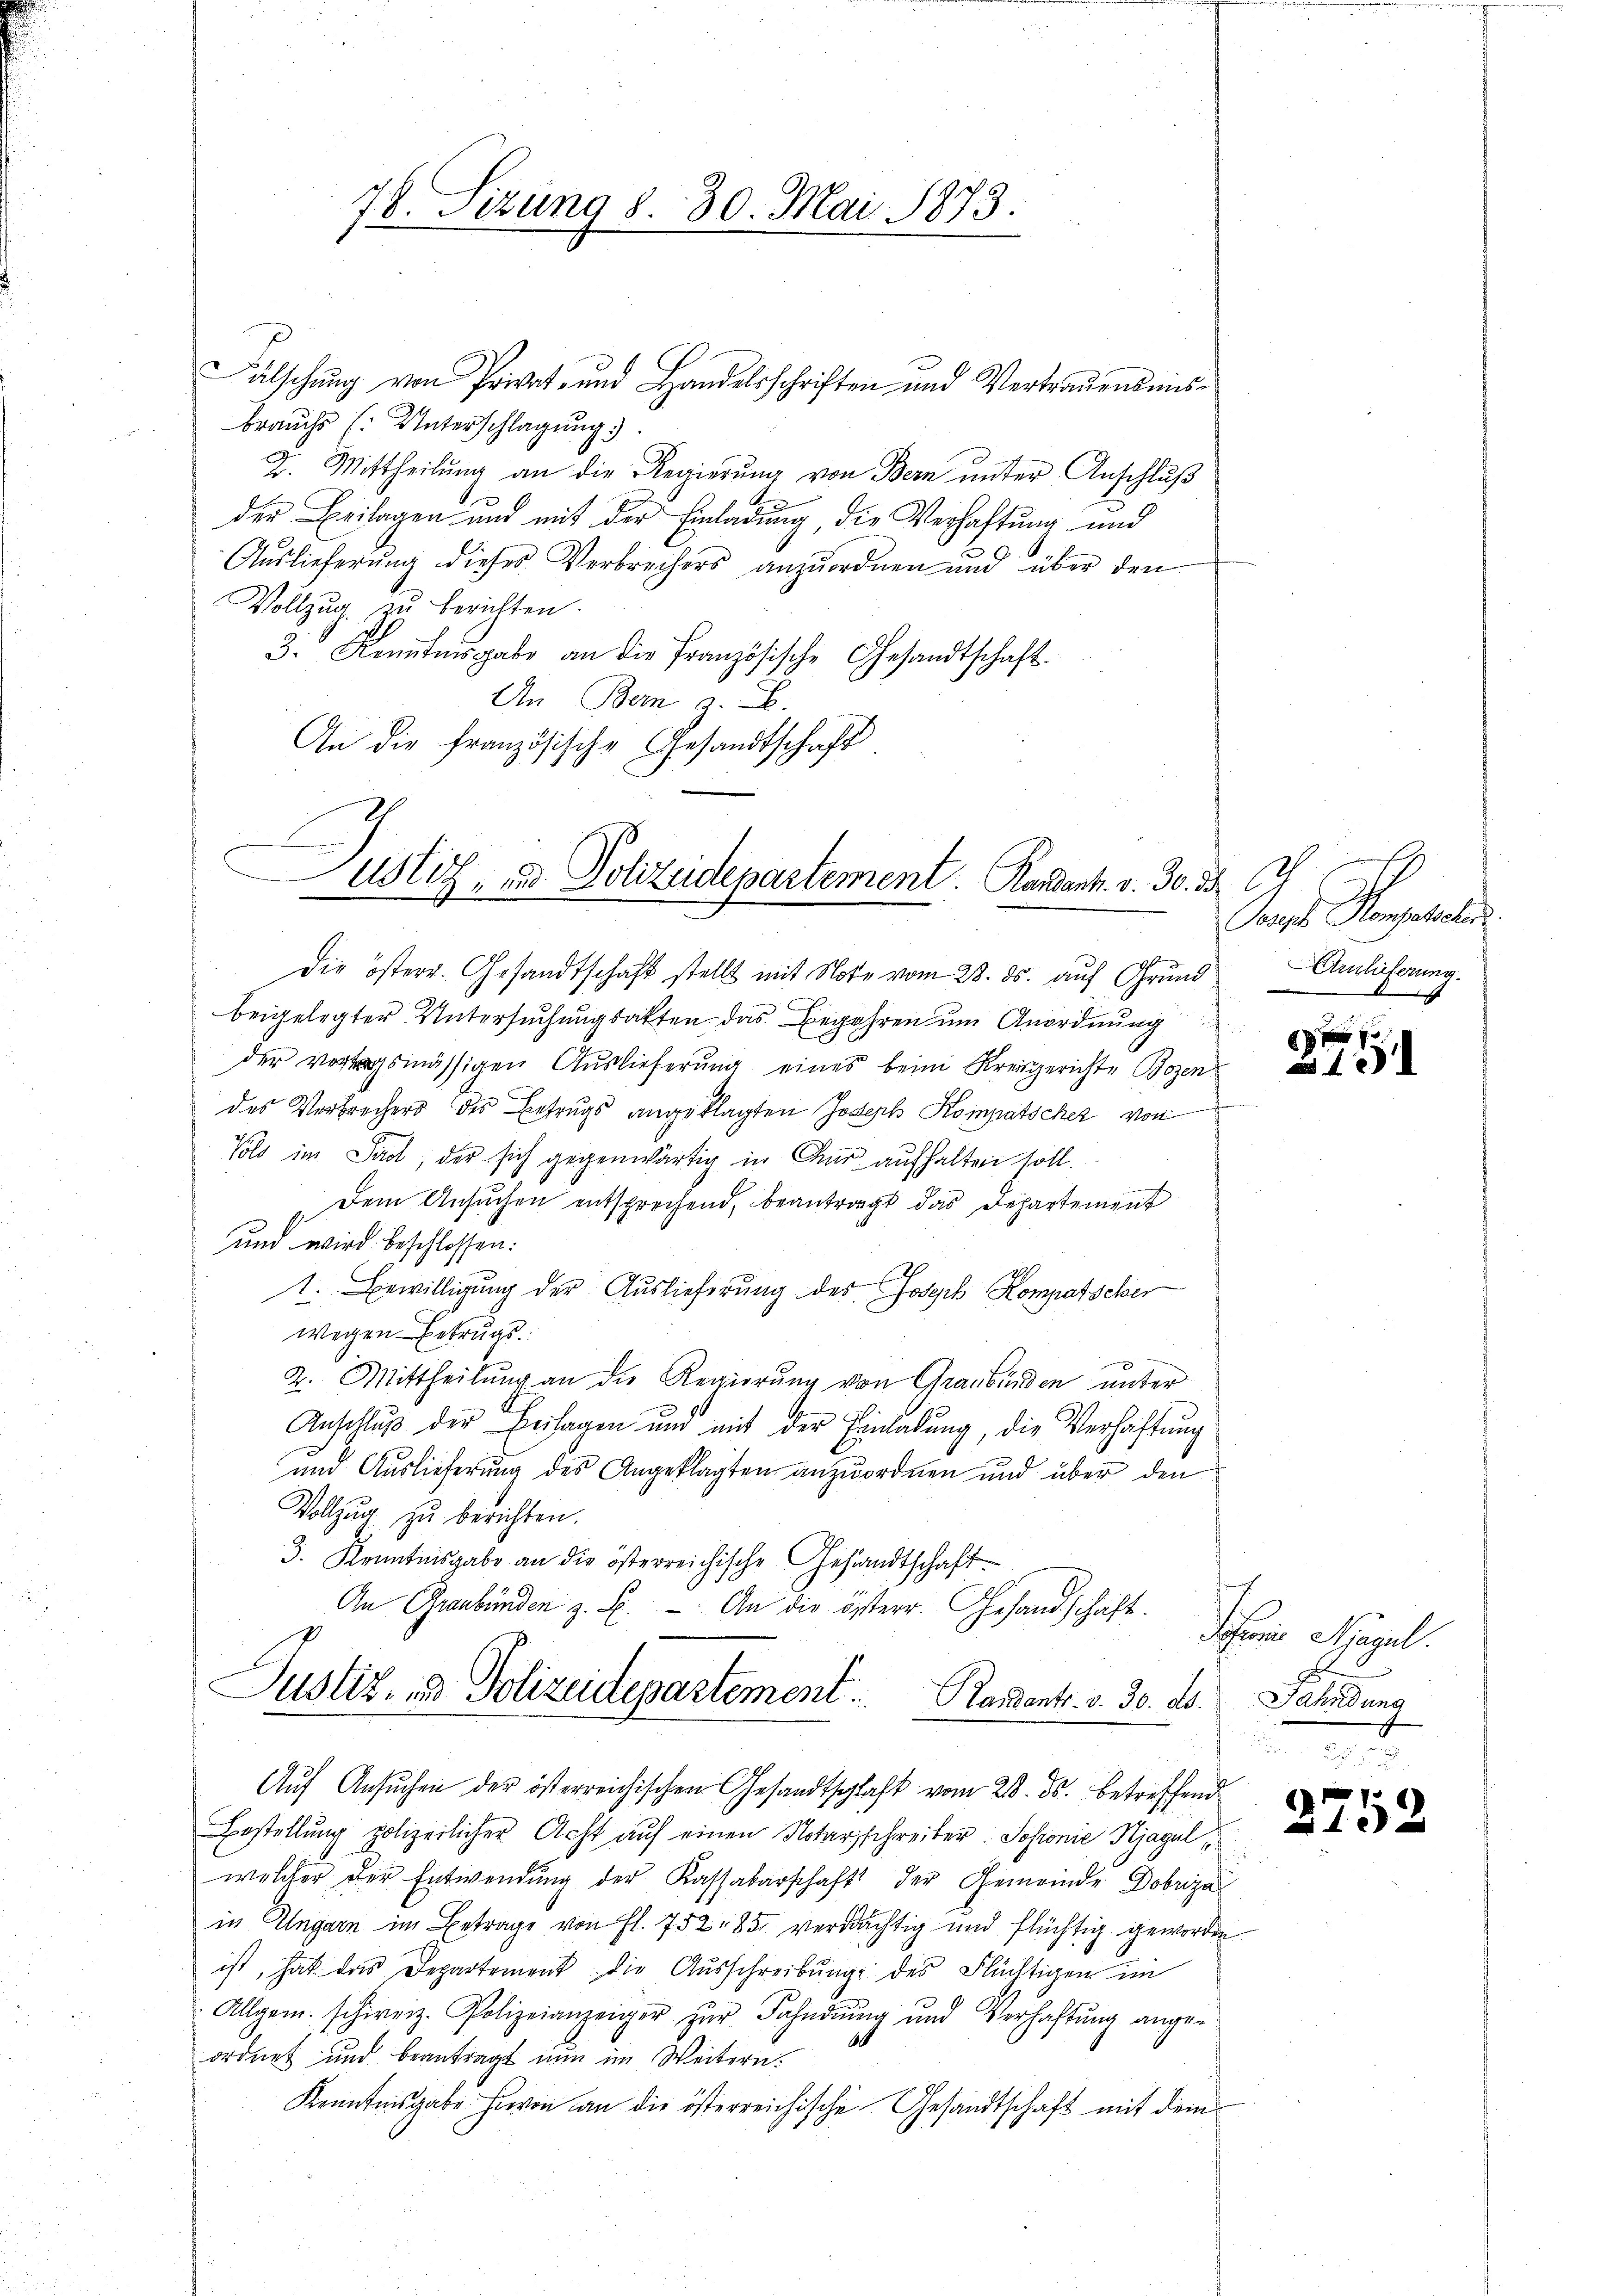
76. Sizung 8. 30. Mai 1873.

Fälschung von Privat- und Handelsschriften und Vertrauensmisbrauchs (: Unterschlagung.
2. Mittheilŭng an die Regierŭng von Bern ŭnter Anschlŭβ
n
der Beilagen und mit der Einladung die Verhaftung und
Auslieferung dieses Verbrechers anzuordnen und über den
Vollzug zu berichten.
3. Kenntnisgabe an die französische Gesandtschaft.
An Bern z. B.
An die französische Gesandtschaft

ustiz- und Polizeidepartement. Kandant. v. 30. 38 J

Die österr. Gesandtschaft stellt mit Note vom 28. ds. auf Grund Arlicherung.
beigelegter Untersuchungsakten das Begehren um Anordnung
der vortragsmässigen Auslieferung eines beim Kreisgerichte Bozen
des Verbrechers des Betrugs angeklagten Joseph Kompatscher von
Vols im Sanct der sich gegenwärtig in Aus aufhalten soll.
Dem Ansuchen entsprechend, beantragt das Departement
und wird beschlossen:
1. Bewilligung der Auslieferung des Joseph Kompatscher
Wegen Betrugs.
2. Mittheilŭng an die Regierŭng von Graubünden unter
Anschluß der Beilagen und mit der Einladung, die Verhaftung
und Auslieferung des Angeklagten anzuordnen und über den
Vollzug zu berichten.
3. Kenntnisgabe an die österreichische Gesandtschaft
An Graubünden z. B. — An die österr. Gesandschaft. Schwie Hagel.
Justiz- und Polizeidepartement Randentr. v. 30. ds. Fahndung
Auf Ansuchen der österreichischen Gesandtschlaft vom 23. ds. betreffend
Bestellung polizeilicher Acht auf einen Notarschreiber. Sosionie Hjagul,
welcher der Entwendŭng der Kassabarschaft der Gemeinde Dobrza
in Ungarn im Betrage von fl. 752, 850 verdächtig und flüchtig geworden
ist, hat das Departement die Aŭsschreibŭng des Flüchtigen im
Allgem. schweiz. Polizeianzeiger zŭr Fahndŭng und Verhaftŭng ange-
d
ordnet und beantragt nun im Weitern.
Kenntnisgabe hievon an die österreichische Gesandtschaft mit dem

E
Joseph Kompasseler

9
1

2752